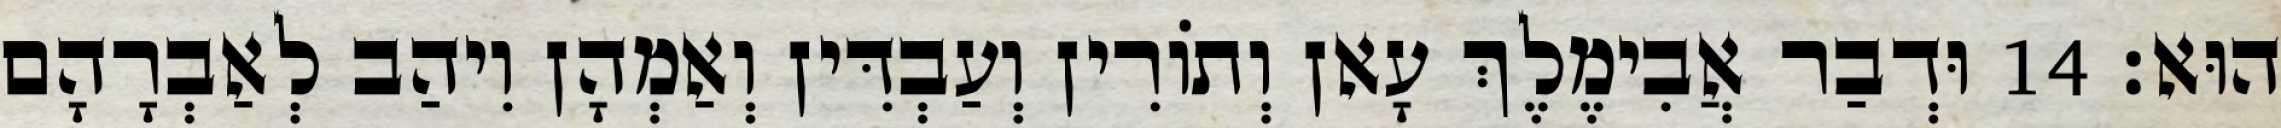
הוּא׃ 14 וּדְבַר אֲבִימֶלֶךְ עָאן וְתוֹרִין וְעַבְדִּין וְאַמְהָן וִיהַב לְאַבְרָהָם